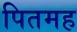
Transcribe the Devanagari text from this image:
पितमह